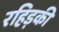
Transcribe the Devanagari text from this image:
रहिड़की